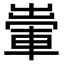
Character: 𨌗